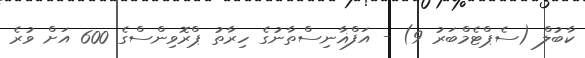
ކާބުލް (ސެޕްޓެމްބަރު 9) - އަފްޣާނިސްތާނުގެ ހިރާތު ޕްރޮވިންސްގެ 600 އަށް ވުރެ